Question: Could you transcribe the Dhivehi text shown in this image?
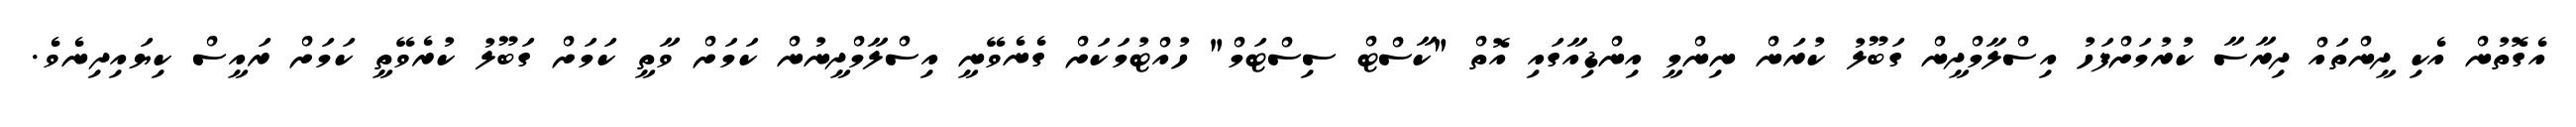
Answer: އެގޮތުން އެކި ދީންތައް ދިރާސާ ކުރުމަށްފަހު އިސްލާމްދީން ގަބޫލު ކުރަން ނިންމީ އިންޑިއާގައި އޮތް "ކާސްޓް ސިސްޓަމް" ހުއްޓުމަކަށް ގެނެވޭނީ އިސްލާމްދީނުން ކަމަށް ވާތީ ކަމަށް ގަބޫލު ކުރެވޭތީ ކަމަށް ރައީސް ކިޔައިދިނެވެ.